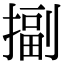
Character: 㨽